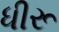
ધીરૂ